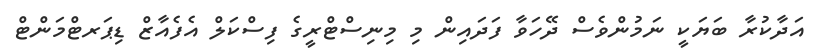
އަދާކުރާ ބަޔަކީ ނަމުންވެސް ދޭހަވާ ފަދައިން މި މިނިސްޓްރީގެ ފިސްކަލް އެފެއާޒް ޑިޕަރޓްމަންޓް